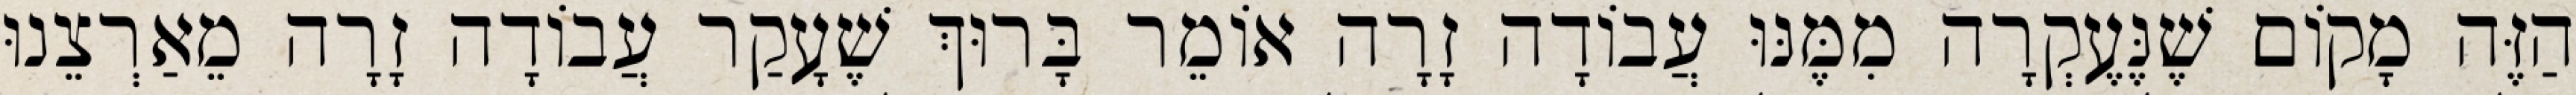
הַזֶּה מָקוֹם שֶׁנֶּעֶקְרָה מִמֶּנּוּ עֲבוֹדָה זָרָה אוֹמֵר בָּרוּךְ שֶׁעָקַר עֲבוֹדָה זָרָה מֵאַרְצֵנוּ